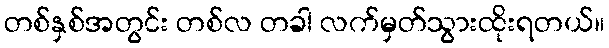
တစ်နှစ်အတွင်း တစ်လ တခါ လက်မှတ်သွားထိုးရတယ်။